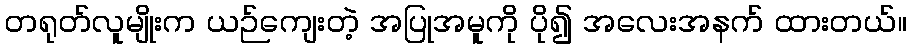
တရုတ်လူမျိုးက ယဉ်ကျေးတဲ့ အပြုအမူကို ပို၍ အလေးအနက် ထားတယ်။